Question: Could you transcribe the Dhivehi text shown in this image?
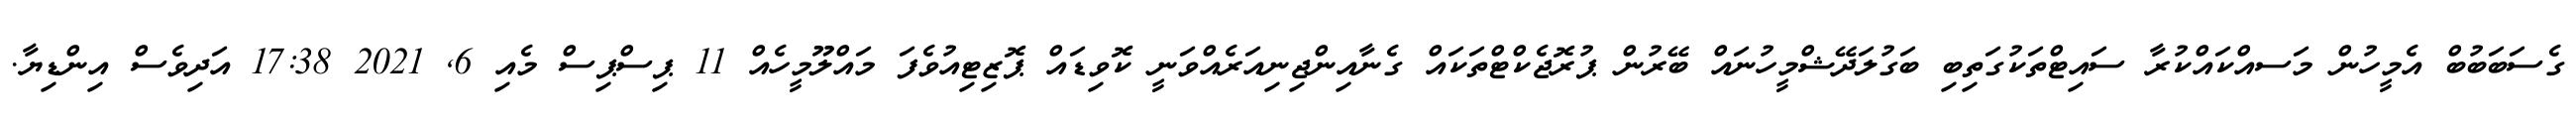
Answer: ގެސަބަބުބް އެމީހުން މަސއްކައްކުރާ ސައިޓްތަކުގަތިބި ބަގުލަދޭޝްމީހުނައް ބޭރުން ޕުރޮޖެކްޓްތަކައް ގެނާއިންޖިނިއަރެއްވަނީ ކޮވިޑައް ޕޮޒިޓިއުވެފަ މައްލޫމީހެއް 11 ޕިސްޕިސް މެއި 6, 2021 17:38 އަދިވެސް އިންޑިޔާ.